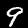
Digit: 9